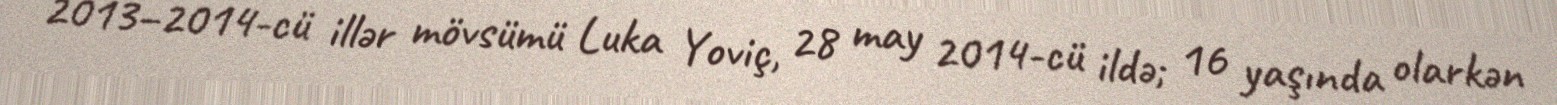
2013–2014-cü illər mövsümü Luka Yoviç, 28 may 2014-cü ildə; 16 yaşında olarkən